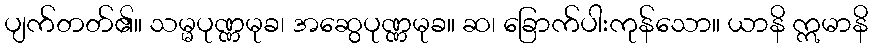
ပျက်တတ်၏။ သမ္မပုဏ္ဏမုခ၊ အဆွေပုဏ္ဏမုခ။ ဆ၊ ခြောက်ပါးကုန်သော။ ယာနိ ဣမာနိ